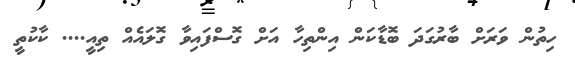
ހިތުން ވަރަށް ބާރުގަދަ ބޮޑާކަން އިންތިހާ އަށް ގޮސްފައިވާ ގޮލައެއް ތިއީ.... ކާކުތީ